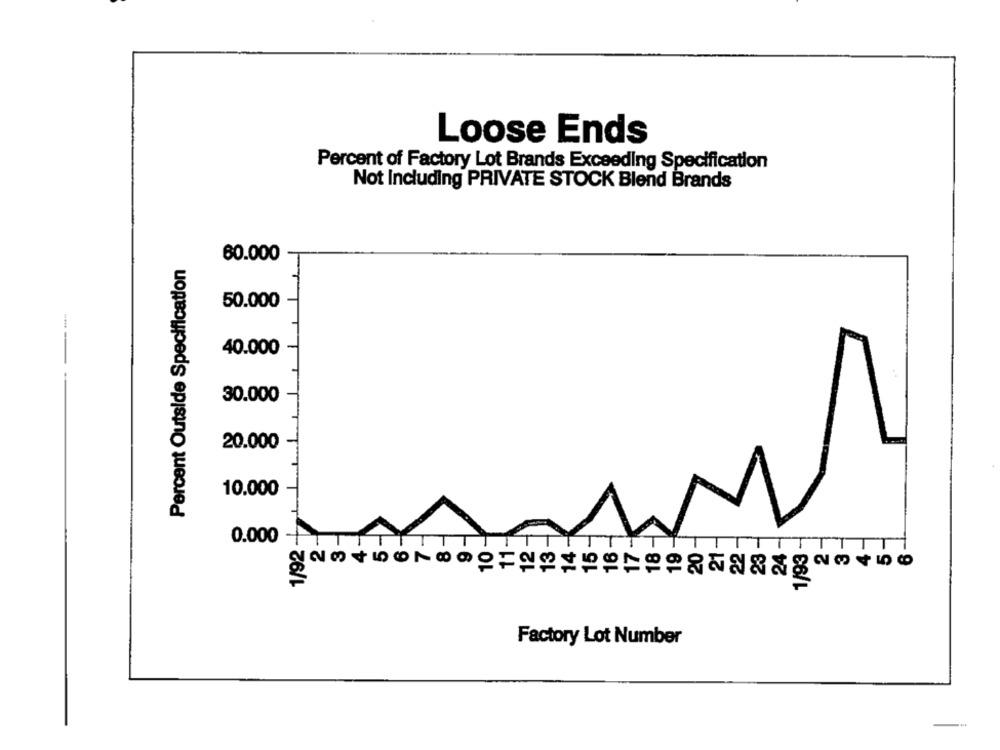
Loose Ends
Percent of Factory Lot Brands Exceeding Specification
Not Including PRIVATE STOCK Blend Brands
Percent Outside Specification
60.000
50.000
40.000
30.000
20.000
10.000
1/92 -
0.000 +TTTTTT
TTTT
1/93
Factory Lot Number